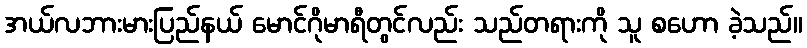
အယ်လဘားမားပြည်နယ် မောင်ဂိုမာရီတွင်လည်း သည်တရားကို သူ စဟော ခဲ့သည်။